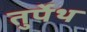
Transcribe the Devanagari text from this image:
तुर्पेथ